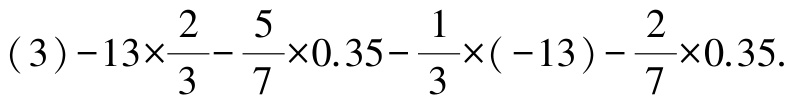
(3)$-13\times\frac{2}{3}-\frac{5}{7}\times0.35-\frac{1}{3}\times(-13)-\frac{2}{7}\times0.35$